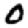
Digit: 0